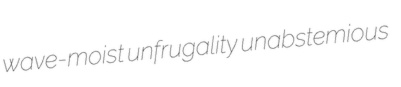
wave-moist unfrugality unabstemious